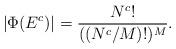
LaTeX: \begin{align*}|\Phi(E^c)|=\frac{N^c!}{((N^c/M)!)^M}.\end{align*}